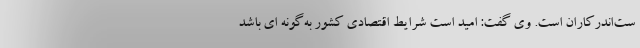
ست‌اندرکاران است. وی گفت: امید است شرایط اقتصادی کشور به‌گونه ای باشد